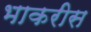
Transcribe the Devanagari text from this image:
भाकरीस